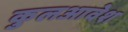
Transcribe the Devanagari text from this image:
कुलआवेश